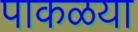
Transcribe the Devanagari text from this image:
पाकळया